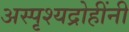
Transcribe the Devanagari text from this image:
अस्पृश्यद्रोहींनी